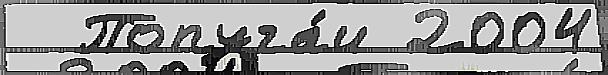
  Попуга́и 2004